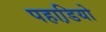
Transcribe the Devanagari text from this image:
पहाडि़यो